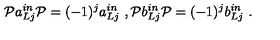
\mathcal { P } a _ { L j } ^ { i n } \mathcal { P } = ( - 1 ) ^ { j } a _ { L j } ^ { i n } \ , \mathcal { P } b _ { L j } ^ { i n } \mathcal { P } = ( - 1 ) ^ { j } b _ { L j } ^ { i n } \ .